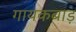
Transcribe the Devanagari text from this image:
गायकबाड़